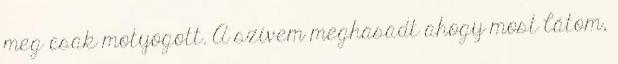
meg csak motyogott. A szívem meghasadt ahogy most látom,